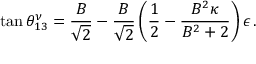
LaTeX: \tan \theta _ { 1 3 } ^ { \nu } = \frac { B } { \sqrt { 2 } } - \frac { B } { \sqrt { 2 } } \left( \frac { 1 } { 2 } - \frac { B ^ { 2 } \kappa } { B ^ { 2 } + 2 } \right) \epsilon \, .